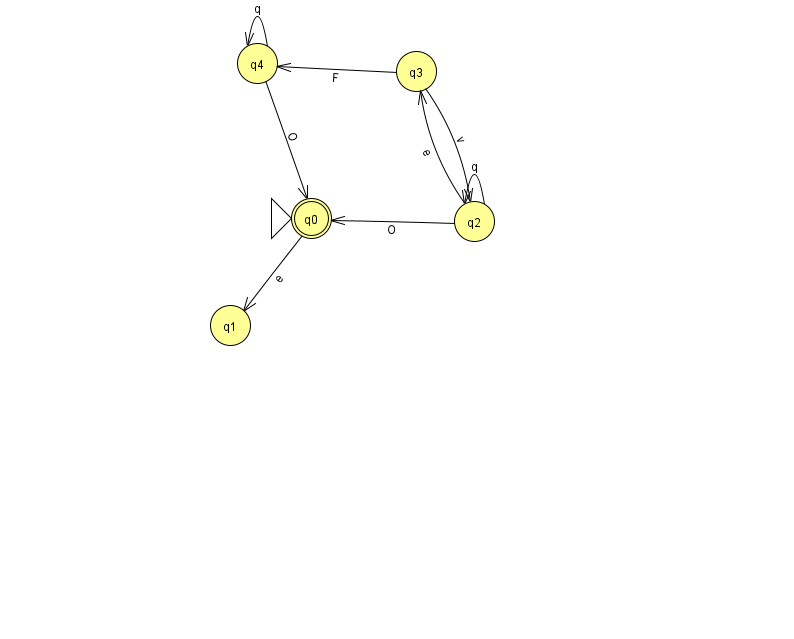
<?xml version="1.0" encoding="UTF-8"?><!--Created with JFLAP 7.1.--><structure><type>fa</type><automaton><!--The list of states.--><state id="0" name="q0"><x>311.0</x><y>205.0</y><initial/><final/></state><state id="1" name="q1"><x>230.0</x><y>312.0</y></state><state id="2" name="q2"><x>474.0</x><y>208.0</y></state><state id="3" name="q3"><x>416.0</x><y>58.0</y></state><state id="4" name="q4"><x>257.0</x><y>50.0</y></state><!--The list of transitions.--><transition><from>2</from><to>2</to><read>q</read></transition><transition><from>2</from><to>3</to><read>e</read></transition><transition><from>4</from><to>0</to><read>O</read></transition><transition><from>4</from><to>4</to><read>q</read></transition><transition><from>3</from><to>2</to><read>v</read></transition><transition><from>2</from><to>0</to><read>O</read></transition><transition><from>3</from><to>4</to><read>F</read></transition><transition><from>0</from><to>1</to><read>e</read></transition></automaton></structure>